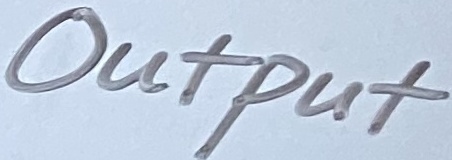
Text: Output